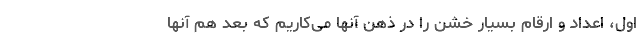
اول، اعداد و ارقام بسیار خشن را در ذهن آنها می‌‌کاریم که بعد هم آنها